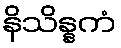
နိသိန္နကံ